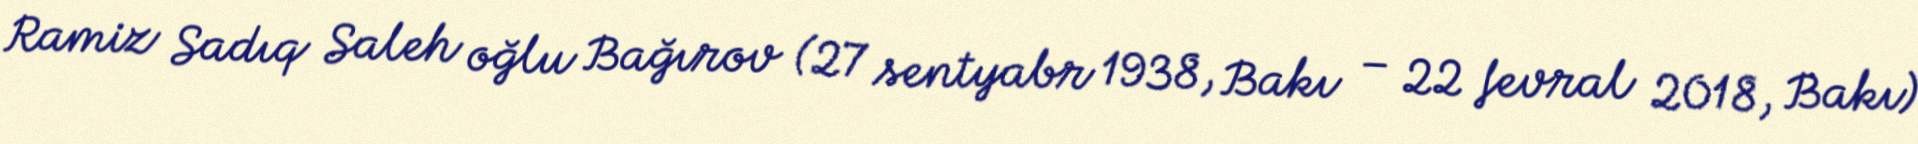
Ramiz Sadıq Saleh oğlu Bağırov (27 sentyabr 1938, Bakı – 22 fevral 2018, Bakı)